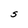
Character: S